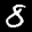
Label: 8